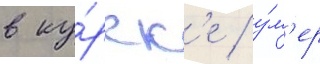
в ку́рск'е / у́м'ер